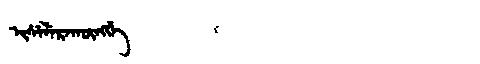
Manchu: ᡳᠰᡝᠯᡝᡵᠠᡴᡡᠩᡤᡝ
Romanization: ISELERAKŪNGGE